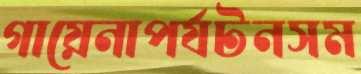
গায়েনাপর্যটনসম